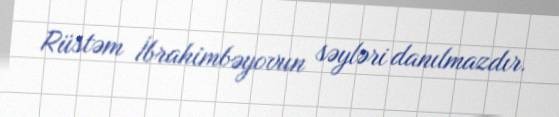
Rüstəm İbrahimbəyovun səyləri danılmazdır.